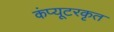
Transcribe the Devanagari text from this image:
कंप्यूटरकृत